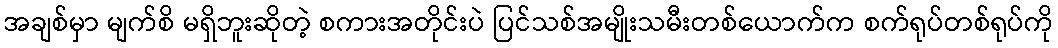
အချစ်မှာ မျက်စိ မရှိဘူးဆိုတဲ့ စကားအတိုင်းပဲ ပြင်သစ်အမျိုးသမီးတစ်ယောက်က စက်ရုပ်တစ်ရုပ်ကို